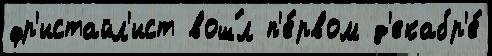
фр'истайл'ист вош́л п'е́рвом д'екабр'е́